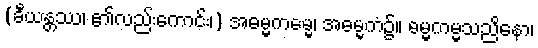
(ခီယန္တဿ၊ ၏လည်းကောင်း၊) အဓမ္မကမ္မေ၊ အဓမ္မကံ၌။ ဓမ္မကမ္မသညိနော၊